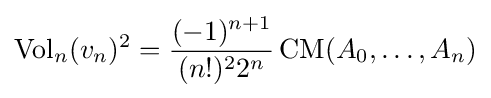
\operatorname {Vol} _{n}(v_{n})^{2}={\frac {(-1)^{n+1}}{(n!)^{2}2^{n}}}\operatorname {CM} (A_{0},\ldots ,A_{n})